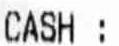
CASH: